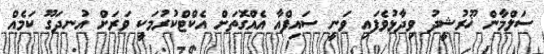
ސަލްމާން ޚޫރުޝީދު ވިދާޅުވެފައި ވަނީ ސައިފްއާ އެއްގޮތަށް އެކްޓްކުރުމަކީ ވަރަށް އުނދަގޫ ކަމެއް